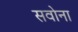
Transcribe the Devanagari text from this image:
सवोना